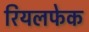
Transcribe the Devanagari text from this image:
रियलफेक